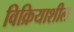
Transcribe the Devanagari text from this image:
विक्रियाशील